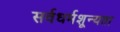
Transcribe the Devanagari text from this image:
सर्वधर्मशून्यता